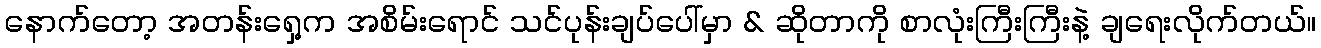
နောက်တော့ အတန်းရှေ့က အစိမ်းရောင် သင်ပုန်းချပ်ပေါ်မှာ & ဆိုတာကို စာလုံးကြီးကြီးနဲ့ ချရေးလိုက်တယ်။